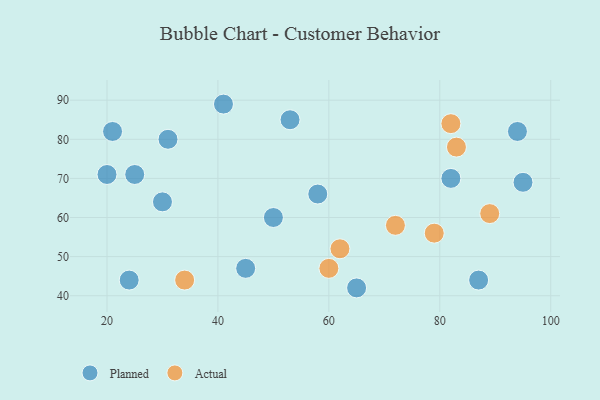
{"axis": {"x": "GDP", "y": "Life Expectancy"}, "legend": ["Actual", "Planned"], "data": [{"x": "41", "y": 89, "type": "Planned"}, {"x": "50", "y": 60, "type": "Planned"}, {"x": "30", "y": 64, "type": "Planned"}, {"x": "45", "y": 47, "type": "Planned"}, {"x": "82", "y": 70, "type": "Planned"}, {"x": "94", "y": 82, "type": "Planned"}, {"x": "87", "y": 44, "type": "Planned"}, {"x": "25", "y": 71, "type": "Planned"}, {"x": "21", "y": 82, "type": "Planned"}, {"x": "24", "y": 44, "type": "Planned"}, {"x": "20", "y": 71, "type": "Planned"}, {"x": "65", "y": 42, "type": "Planned"}, {"x": "31", "y": 80, "type": "Planned"}, {"x": "95", "y": 69, "type": "Planned"}, {"x": "53", "y": 85, "type": "Planned"}, {"x": "58", "y": 66, "type": "Planned"}, {"x": "60", "y": 47, "type": "Actual"}, {"x": "62", "y": 52, "type": "Actual"}, {"x": "82", "y": 84, "type": "Actual"}, {"x": "89", "y": 61, "type": "Actual"}, {"x": "79", "y": 56, "type": "Actual"}, {"x": "83", "y": 78, "type": "Actual"}, {"x": "72", "y": 58, "type": "Actual"}, {"x": "34", "y": 44, "type": "Actual"}]}